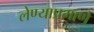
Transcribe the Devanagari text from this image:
लेण्याप्रमाणे